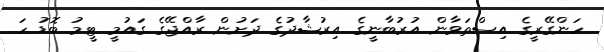
ހަންގޭރީގެ އިސްތަވާން އުރުބާނީގެ އިރުޝާދުގެ ދަށުން ރާއްޖޭގެ ގައުމީ ޓީމު ބޮޑު ހަ